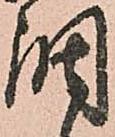
調